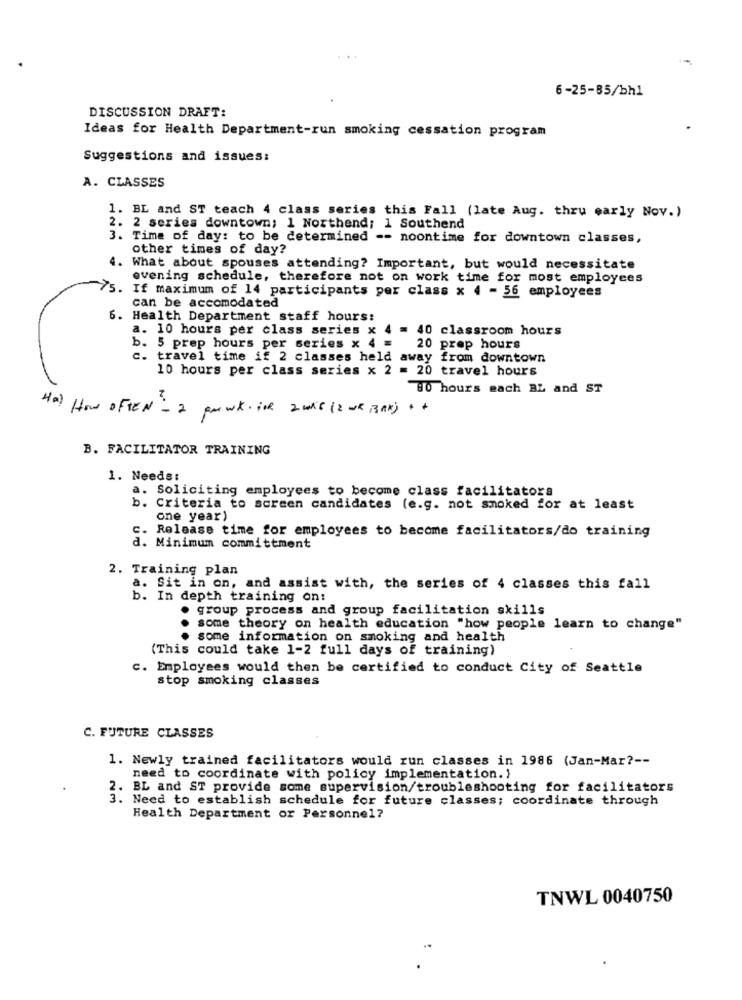
6-25-85/bh1
DISCUSSION DRAFT:
Ideas for Health Department-run smoking cessation program
Suggestions and issues:
A. CLASSES
1. BL and ST teach 4 class series this Fall (late Aug. thru early Nov.)
2. 2 series downtown; 1 Northend; 1 Southend
3. Time of day: to be determined -- noontime for downtown classes,
other times of day?
4. What about spouses attending? Important, but would necessitate
evening schedule, therefore not on work time for most employees
75. If maximum of 14 participants per class x 4 - 56 employees
can be accomodated
. Health Department staff hours:
a. 10 hours per class series x 4 = 40 classroom hours
b. 5 prep hours per series x 4 =
20 prep hours
c. travel time if 2 classes held away from downtown
10 hours per class series x 2 = 20 travel hours
80 hours each BL and ST
Ha) How OFTEN - 2 par WK- 1OR 2was (2 wk ,3Ak ) ++
B. FACILITATOR TRAINING
1. Needs:
a. Soliciting employees to become class facilitators
b. Criteria to screen candidates (e.g. not smoked for at least
one year)
c. Release time for employees to become facilitators/do training
d. Minimum committment
2. Training plan
a. Sit in on, and assist with, the series of 4 classes this fall
b. In depth training on!
group process and group facilitation skills
some theory on health education "how people learn to change"
some information on smoking and health
(This could take 1-2 full days of training)
c. Employees would then be certified to conduct City of Seattle
stop smoking classes
C. FUTURE CLASSES
1. Newly trained facilitators would run classes in 1986 (Jan-Mar ?--
need to coordinate with policy implementation. }
2. BL and ST provide some supervision/troubleshooting for facilitators
3. Need to establish schedule for future classes; coordinate through
Health Department or Personnel?
TNWL 0040750